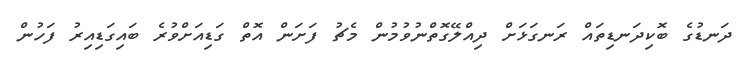
ދަނޑުގެ ބޮކިދަނޑިތައް ރަނގަޅަށް ދިއްލޭގޮތްނުވުމުން މެޗު ފަށަން އޮތް ގަޑިއަށްވުރެ ބައިގަޑިއިރު ފަހުން